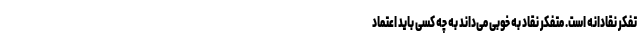
تفکر نقادانه است. متفکر نقاد به خوبی می‌داند به چه کسی باید اعتماد